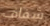
شفاف